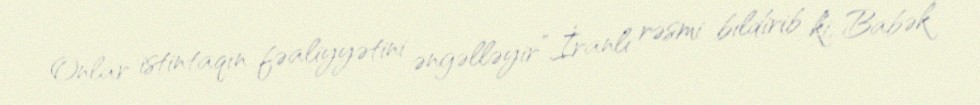
Onlar istintaqın fəaliyyətini əngəlləyir”.İranlı rəsmi bildirib ki, Babək